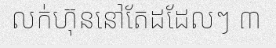
លក់ហ៊ុននៅតែដដែលៗ ៣